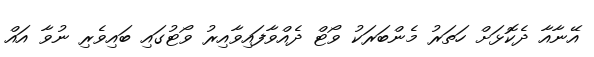
އޭނާއާ ދެކޮޅަށް ހަތަރު މެންބަރަކު ވޯޓް ދެއްވާފައިވާއިރު ވޯޓުގައި ބައިވެރި ނުވާ އައް